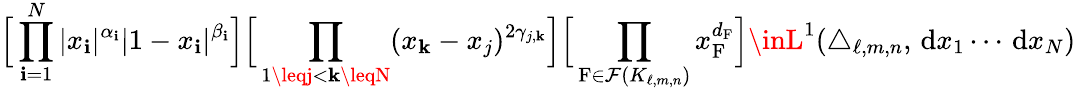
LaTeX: \Big[\prod_{\mathbf{i}=1}^{N}|x_{\mathbf{i}}|^{\alpha_{\mathbf{i}}}|1-x_{\mathbf{i}}|^{\beta_{\mathbf{i}}}\Big]\Big[\prod_{1\leqj<\mathbf{k}\leqN}(x_{\mathbf{k}}-x_{j})^{2\gamma_{j,\mathbf{k}}}\Big]\Big[\prod_{\mathrm{{F}}\in\mathcal{{F}}(K_{\ell,m,n})}x_{\mathrm{{F}}}^{d_{\mathrm{{F}}}}\Big]\inL^{1}(\triangle_{\ell,m,n},\, \mathrm{{d}}x_{1}\cdots\, \mathrm{{d}}x_{N})